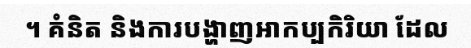
។ គំនិត និងការបង្ហាញអាកប្បកិរិយា ដែល